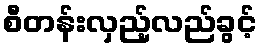
စီတန်းလှည့်လည်ခွင့်